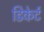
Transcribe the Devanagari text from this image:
डिकेर्ट